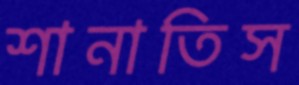
শানাতিস